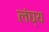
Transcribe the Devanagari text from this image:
लंघ्य